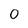
Character: 0